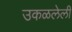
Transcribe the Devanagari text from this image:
उकळलेली